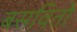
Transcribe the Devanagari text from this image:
बसवितो